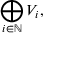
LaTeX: \bigoplus _ { i \in \mathbb { N } } V _ { i } ,